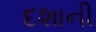
દશાની